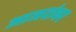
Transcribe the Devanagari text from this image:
आजरांवर